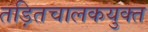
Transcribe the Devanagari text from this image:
तड़ितचालकयुक्त